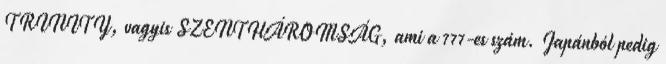
TRINITY, vagyis SZENTHÁROMSÁG, ami a 777-es szám. Japánból pedig